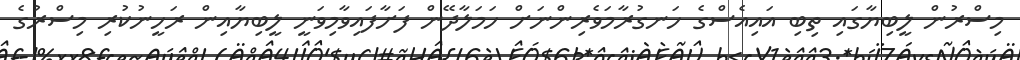
މިސްރުން ލީބިޔާގައި ތިބި އައިއެސްގެ ހަނގުރާމަވެރިންނަށް ހަމަލާދޭން ފަށާފައިވާމިވަނީ ލީބިޔާއިން ރަހީނުކުރި މިސްރުގެ